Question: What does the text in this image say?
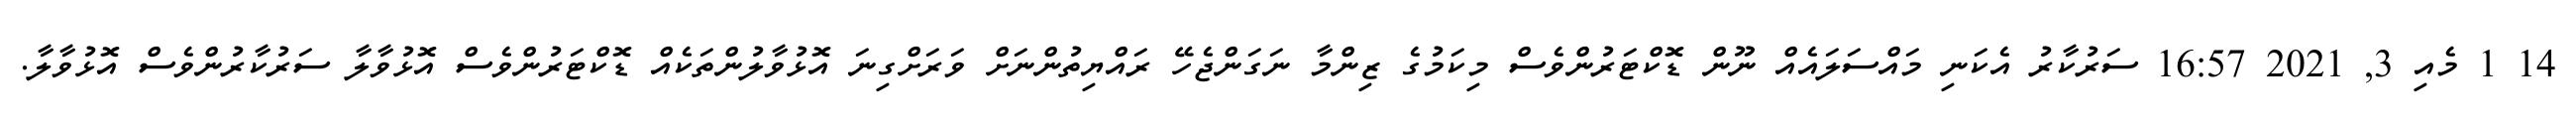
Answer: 14 1 މެއި 3, 2021 16:57 ސަރުކާރު އެކަނި މައްސަލައެއް ނޫން ޑޮކްޓަރުންވެސް މިކަމުގެ ޒިންމާ ނަގަންޖެހޭ ރައްޔިތުންނަށް ވަރަށްގިނަ އޮޅުވާލުންތަކެއް ޑޮކްޓަރުންވެސް އޮޅުވާލާ ސަރުކާރުންވެސް އޮޅުވާލާ.